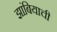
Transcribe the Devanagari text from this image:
झांबियाची